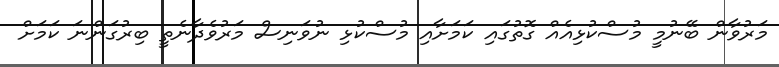
މަރުވާން ބޭނުމީ މުސްކުޅިއެއް ގޮތުގައި ކަމަށާއި މުސްކުޅި ނުވަނިސް މަރުވެދާނެތީ ބިރުގަންނަ ކަމަށް